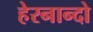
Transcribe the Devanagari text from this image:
हेरनान्दो